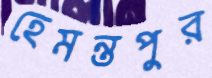
হেমন্তপুর